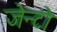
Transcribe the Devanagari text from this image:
जेन्टो